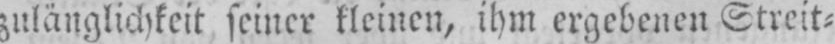
zulänglichkeit seiner kleinen, ihm ergebenen Streit⸗